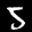
Label: 5